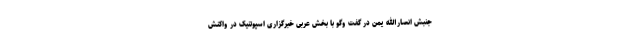
جنبش انصارالله یمن در گفت وگو با بخش عربی خبرگزاری اسپوتنیک در واکنش